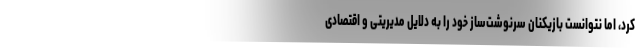
کرد، اما نتوانست بازیکنان سرنوشت‌ساز خود را به دلایل مدیریتی و اقتصادی